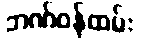
ဘဏ်ဝန်ထမ်း